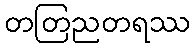
တတြညတရဿ